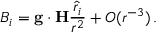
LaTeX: B _ { i } = { \bf g } \cdot { \bf H } { \frac { { \hat { r } } _ { i } } { r ^ { 2 } } } + O ( r ^ { - 3 } ) \, .